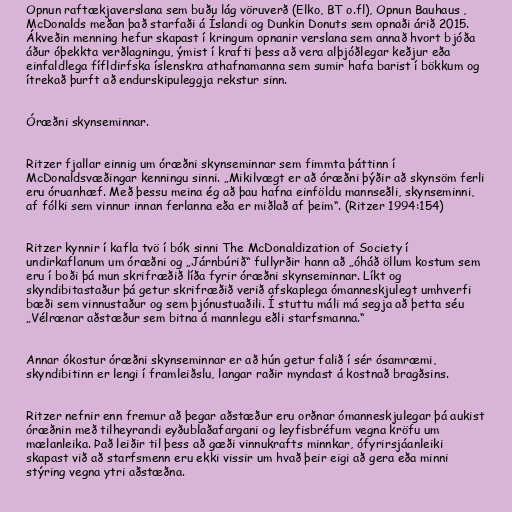
Opnun raftækjaverslana sem buðu lág vöruverð (Elko, BT o.fl), Opnun Bauhaus ,
McDonalds meðan það starfaði á Íslandi og Dunkin Donuts sem opnaði árið 2015.
Ákveðin menning hefur skapast í kringum opnanir verslana sem annað hvort bjóða
áður óþekkta verðlagningu, ýmist í krafti þess að vera alþjóðlegar keðjur eða
einfaldlega fífldirfska íslenskra athafnamanna sem sumir hafa barist í bökkum og
ítrekað þurft að endurskipuleggja rekstur sinn.

Óræðni skynseminnar.

Ritzer fjallar einnig um óræðni skynseminnar sem fimmta þáttinn í
McDonaldsvæðingar kenningu sinni. „Mikilvægt er að óræðni þýðir að skynsöm ferli
eru óruanhæf. Með þessu meina ég að þau hafna einföldu mannseðli, skynseminni,
af fólki sem vinnur innan ferlanna eða er miðlað af þeim“. (Ritzer 1994:154)

Ritzer kynnir í kafla tvö í bók sinni The McDonaldization of Society í
undirkaflanum um óræðni og „Járnbúrið“ fullyrðir hann að „óháð öllum kostum sem
eru í boði þá mun skrifræðið líða fyrir óræðni skynseminnar. Líkt og
skyndibitastaður þá getur skrifræðið verið afskaplega ómanneskjulegt umhverfi
bæði sem vinnustaður og sem þjónustuaðili. Í stuttu máli má segja að þetta séu
„Vélrænar aðstæður sem bitna á mannlegu eðli starfsmanna.“

Annar ókostur óræðni skynseminnar er að hún getur falið í sér ósamræmi,
skyndibitinn er lengi í framleiðslu, langar raðir myndast á kostnað bragðsins.

Ritzer nefnir enn fremur að þegar aðstæður eru orðnar ómanneskjulegar þá aukist
óræðnin með tilheyrandi eyðublaðafargani og leyfisbréfum vegna kröfu um
mælanleika. Það leiðir til þess að gæði vinnukrafts minnkar, ófyrirsjáanleiki
skapast við að starfsmenn eru ekki vissir um hvað þeir eigi að gera eða minni
stýring vegna ytri aðstæðna.